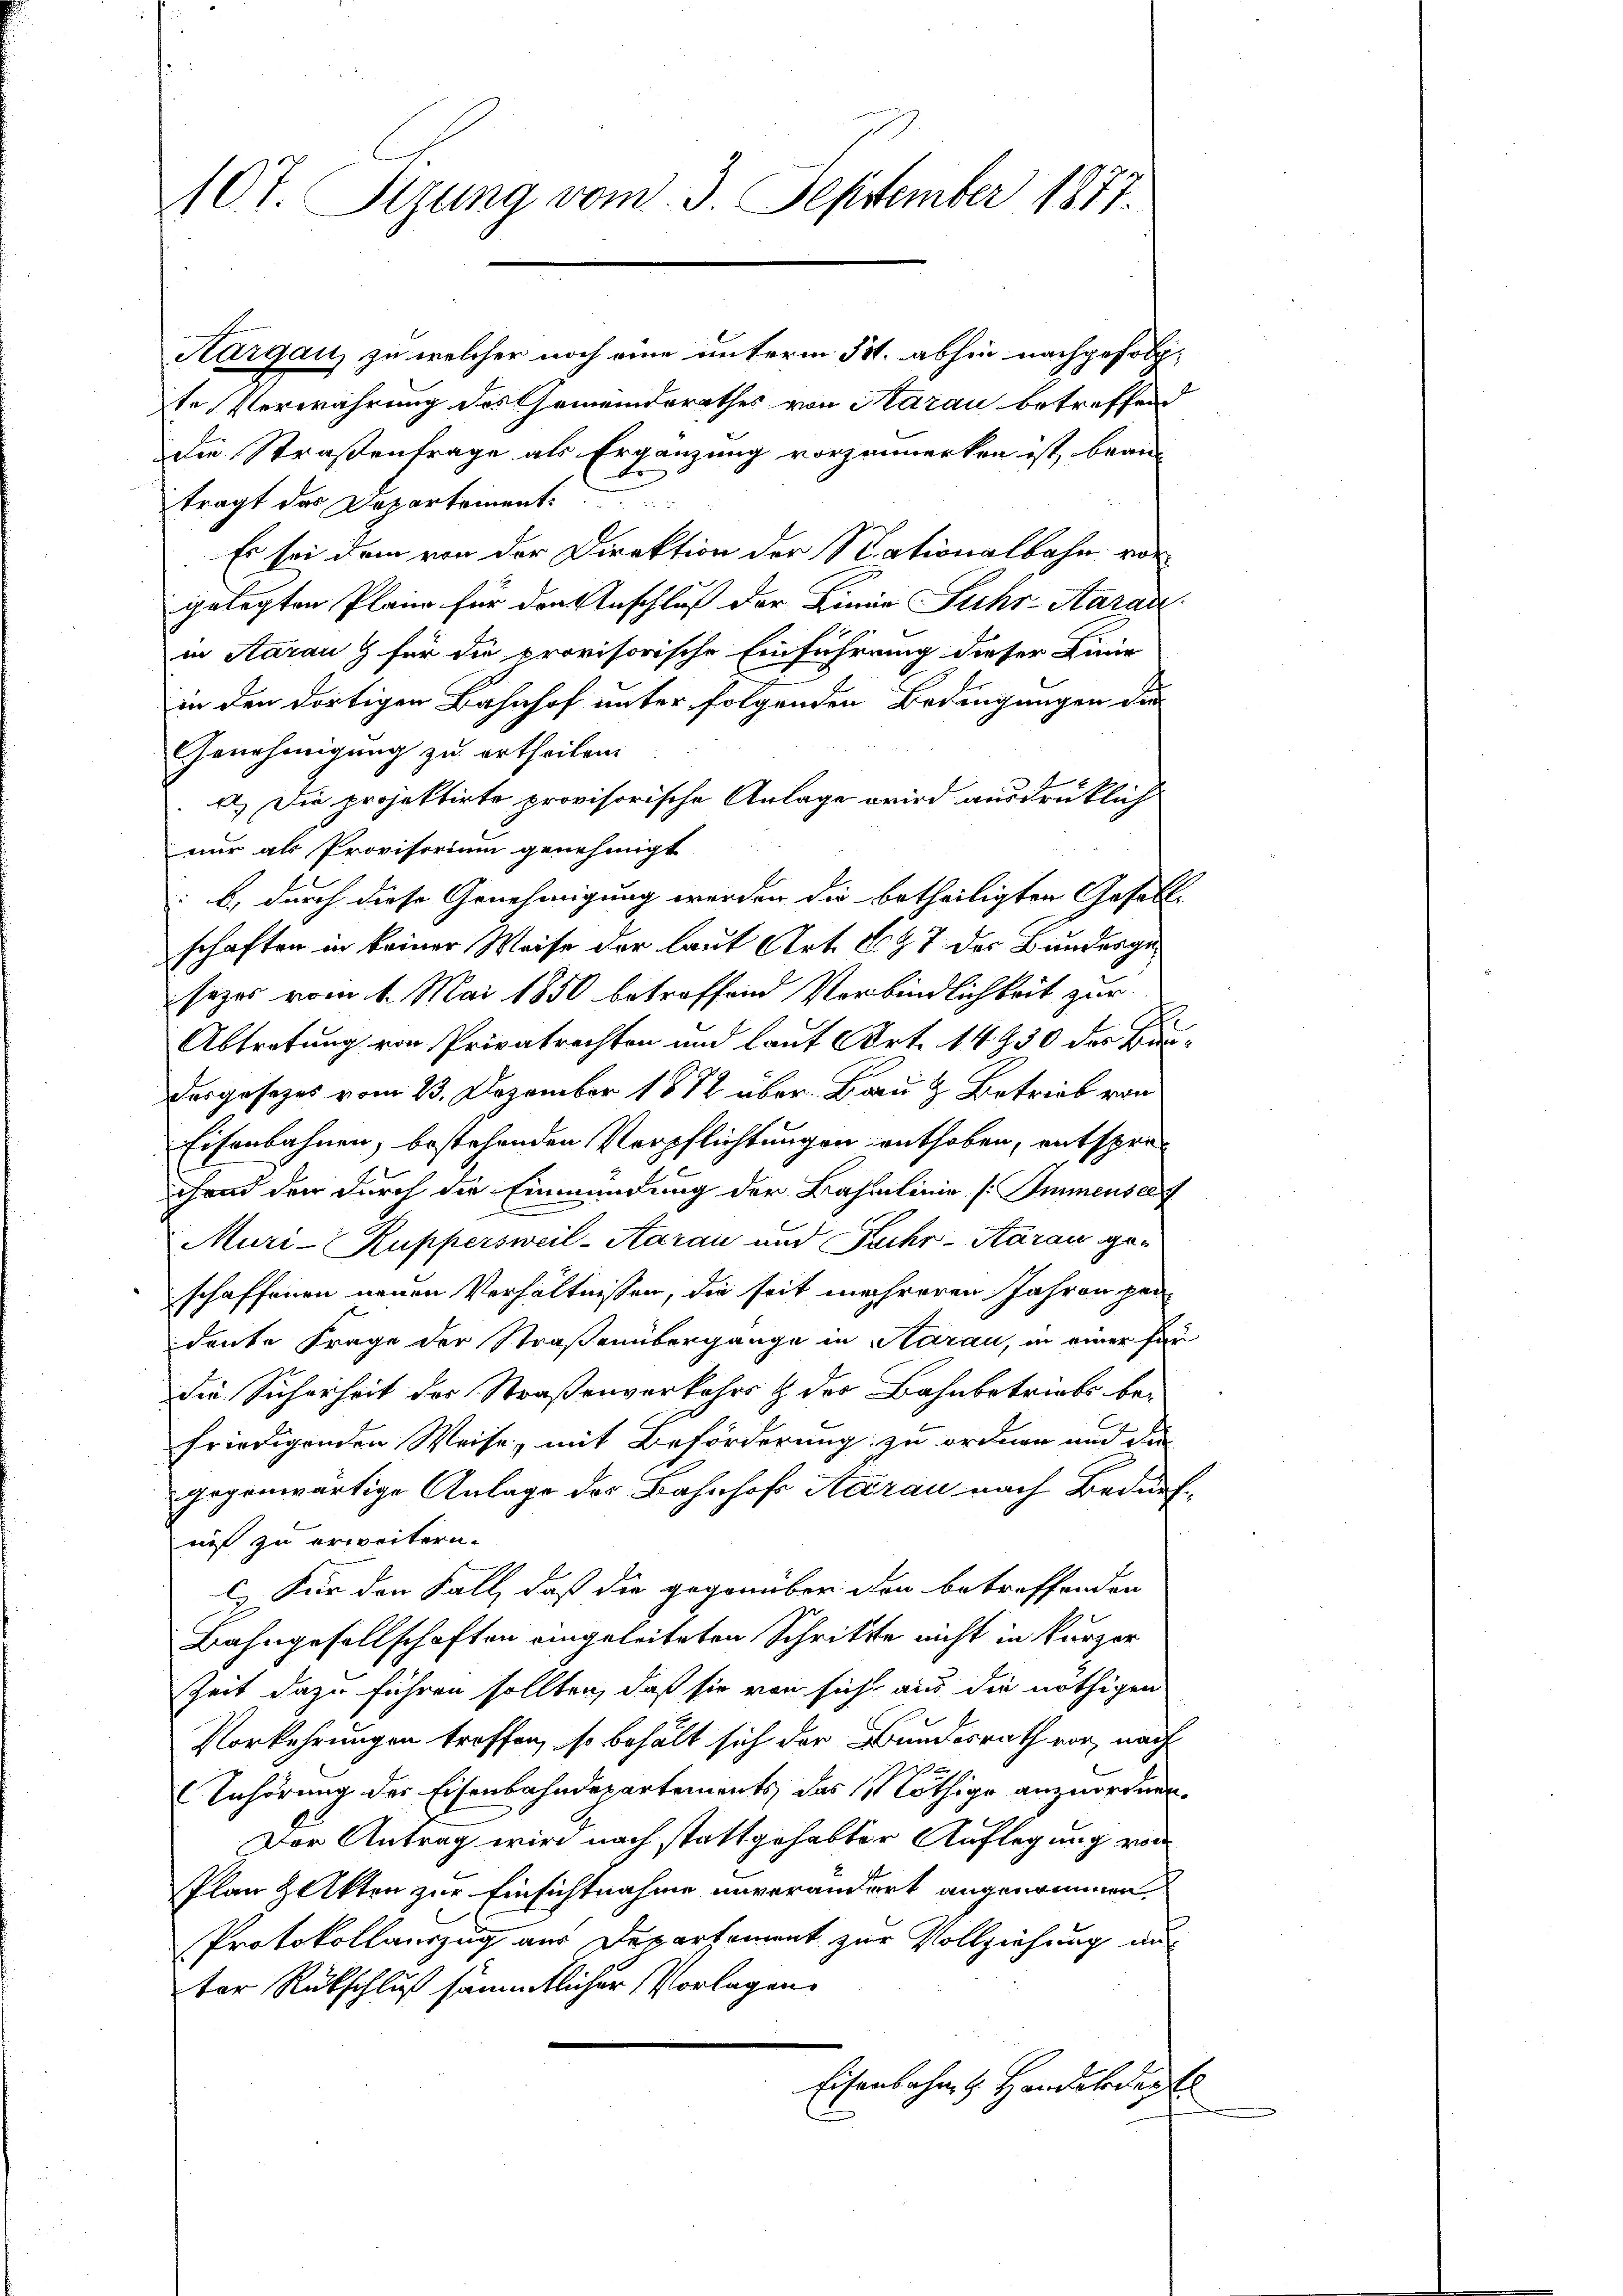
10t. Sizung vom 3. September 1877.

Aargau, zu welcher noch eine unterm 5t. abhin nachgefolgte Verwahrung des Gemeinderathes von Aarau betreffen
die Straßenfrage als Ergänzung vorzumerken ist, bean
tragt der Departement.
Es sei dem von der Direktion der Stationalbahn vorgelegten Plane für den Anschluß der Linie Suhr-Aarau
in Aarau & für die provisorische Einführung dieser Linie
in den dortigen Bahnhof unter folgenden Bedingungen der
Genehmigung zu ertheilen.
a.) Die projektirte provisorische Anlage wird ausdrücklich
nur als Provisorium genehmigt
 b) durch diese Genehmigung werden die betheiligten Geselle
schaften in keiner Weise der laut Art. 697 der Bundesgesezes vom 1. Mai 1850 betreffend Verbindlichkeit zur
t
Abtretung von Privatrechten und laut Art. 14930 des Bürdesgesezes vom 23. Dezember 1882 über Bau & Betrieb von
Eisenbahnen, bestehenden Verpflichtungen enthoben, entsprechend der durch die Einmündung der Bahnlinie [Immensel
Muri-Ruppersweil-Aarau und Puchr-Aarau geschaffenen neuen Verhältnissen, die seit mehreren Jahren pen
deute Frage der Straßenübergange in Aarau, in einer für
die Sicherheit des Straßenverkehrs & des Bahnbetriebs be-
friedigenden Weise, mit Beförderung zu ordnen und die
gegenwärtige Anlage des Bahnhof Aarau nach Bedürfniß zu erweitern.
) Für den Fall, daß die gegenüber den betreffenden
Bahngesellschaften eingeleiteten Schritte nicht in kurzer
Zeit dazu führen sollten, daß sie von sicht aus die nöthigen
Vorkehrungen treffen, so behält sich der Bundesrath vor, nach

Anhörung der Eisenbahndepartements das nöthige anzuordnen.
Der Antrag wird nach stattgehabter Auflegung von
Plan Zalkten zur Einsichtnahme unverändert angenommen
Protokollauszug aus Departement zur Vollziehung auf
ter Rückschluß sämmtlicher Vorlagen
Eisenbahn & Handelsdorf